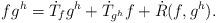
LaTeX: \begin{align*}fg^h=\dot{T}_f{g^h}+\dot{T}_{g^h} f+\dot{R}(f,g^h).\end{align*}